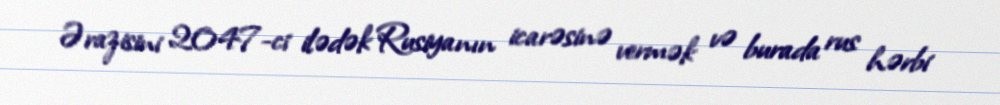
Ərazisini 2047-ci ilədək Rusiyanın icarəsinə vermək və burada rus hərbi